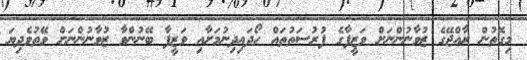
މިގޮތުން ރާއްޖޭގެ ޒުވާނުންނަށް ވަޒީފާގެ ފުރުސަތުތައް ހޯދައިދިނުމަށާއި ވަޒީފާ ބޭނުންވާ ޒުވާނުންނަށް ވޭތުވެދިޔަ